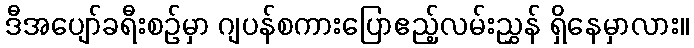
ဒီအပျော်ခရီးစဉ်မှာ ဂျပန်စကားပြောဧည့်လမ်းညွှန် ရှိနေမှာလား။